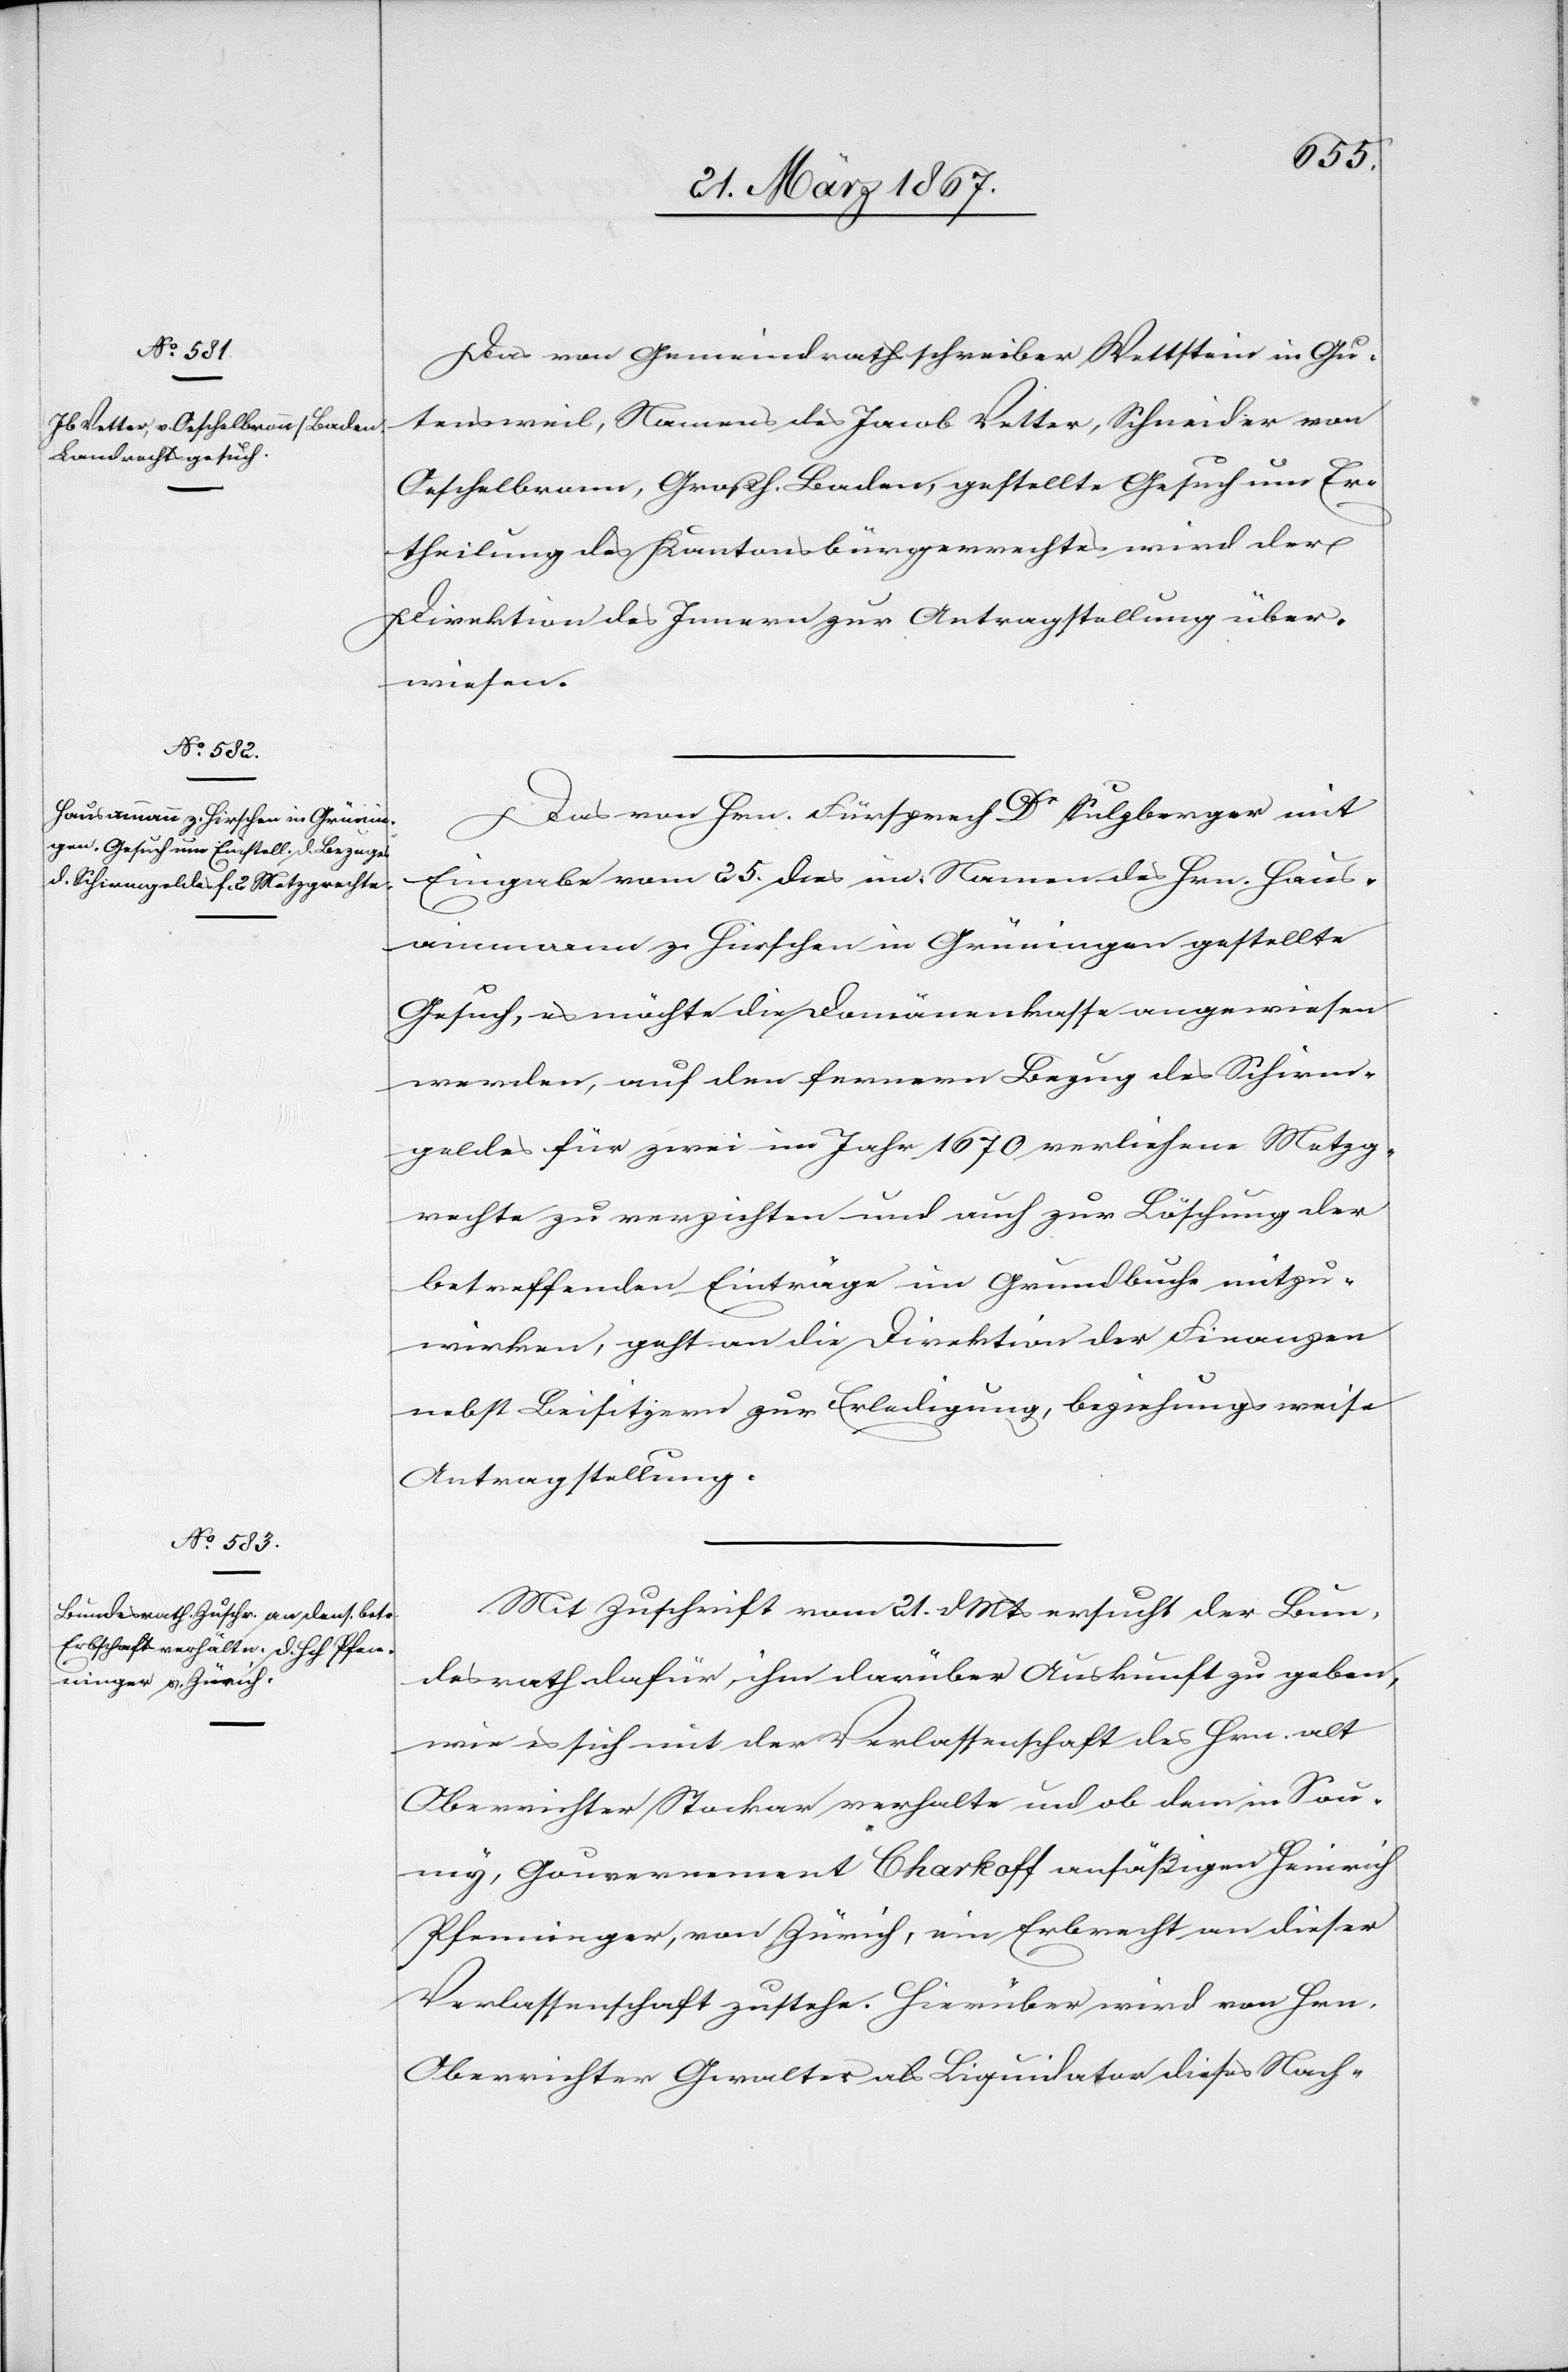
27. März 1867.]
Das von Gemeindrathsschreiber Wettstein in Gu¬
tensweil, Namens des Jacob Vetter, Schneider von
Oeschelbronn, Großh. Baden, gestellte Gesuch um Er¬
theilung des Kantonsbürgerrechtes wird der
Direktion des Innern zur Antragstellung über¬
wiesen.
Das von Hrn. Fürsprech Dr Sulzberger mit
Eingabe vom 25. dies im Namen des Hrn. Haus¬
ammann zu Hirschen in Grüningen gestellte
Gesuch, es möchte die Domänenkasse angewiesen
werden, auf den fernern Bezug des Schirm¬
geldes für zwei im Jahr 1670 verliehene Metzg¬
rechte zu verzichten und auch zur Löschung der
betreffenden Einträge im Grundbuche mitzu¬
wirken, geht an die Direktion der Finanzen
nebst Beisitzern zur Erledigung, beziehungsweise
Antragstellung.
Mit Zuschrift vom 21. d. Mts ersucht der Bun¬
desrath dafür, ihm darüber Auskunft zu geben,
wie es sich mit der Verlassenschaft des Hrn. alt
Oberrichter Stocker verhalte und ob dem in Sou¬
my, Gouvernement Charkoff ansäßigen Heinrich
Pfenninger, von Zürich, ein Erbrecht an dieser
Verlassenschaft zustehe. Hierüber wird von Hrn.
Oberrichter Gewalter als Liquidator dieses Nach-